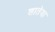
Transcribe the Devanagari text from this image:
शातेया